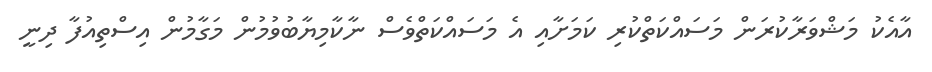
އާއެކު މަޝްވަރާކުރަން މަސައްކަތްކުރި ކަމަށާއި އެ މަސައްކަތްވެސް ނާކާމިޔާބުވުމުން މަގާމުން އިސްތިއުފާ ދިނީ